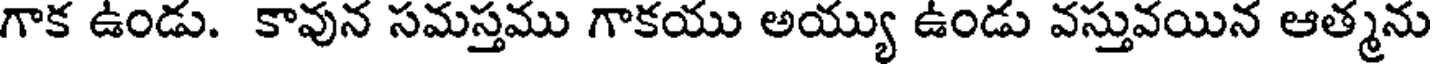
గాక ఉండు. కావున సమస్తము గాకయు అయ్యు ఉండు వస్తువయిన ఆత్మను